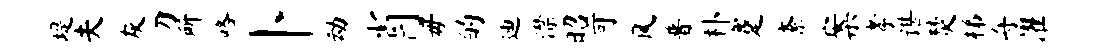
堤夫灰刀所咯卜动肖毋的迪潸昭可风普朴蹇紊案孝谌焚梯舟濯